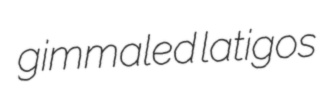
gimmaled latigos